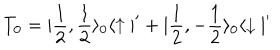
T _ { 0 } = | \frac { 1 } { 2 } , \frac { 1 } { 2 } \rangle _ { 0 } \langle \uparrow | ^ { \prime } + | \frac { 1 } { 2 } , - \frac { 1 } { 2 } \rangle _ { 0 } \langle \downarrow | ^ { \prime }